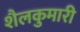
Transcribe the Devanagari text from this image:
शैलकुमारी